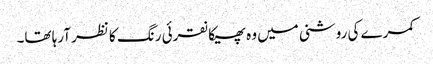
کمرے کی روشنی میں وہ پھیکا نقرئی رنگ کا نظر آرہا تھا۔